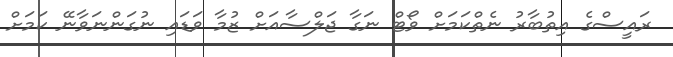
ރައީސްގެ އިތުބާރު ނެތްކަމަށް ވޯޓް ނަގާ ޖަލްސާއަށް ޒުމާ ވަޑައި ނުގަންނަވާނޭ ކަމަށް